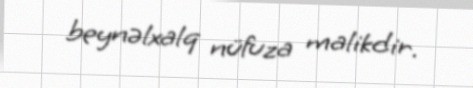
beynəlxalq nüfuza malikdir.